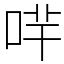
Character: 哶